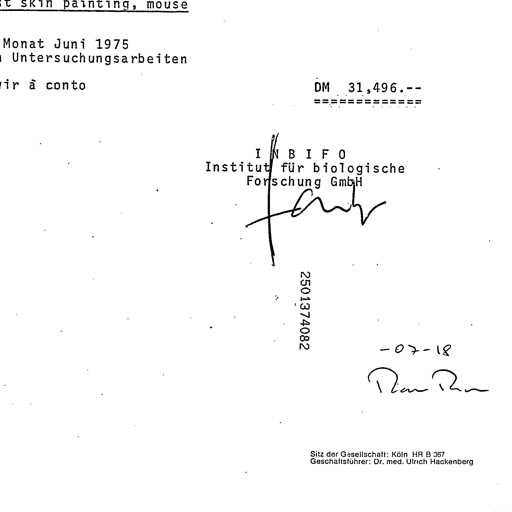
Transcript:
skin painting, mouse

Monat Juni 1975
Untersuchungsarbeiten

wir à conto DM 31,496.--
==============

INBIFO
Institut für biologische
Forschung GmbH
fanh
2501374082
-07-18
Dan Ran
Sitz der Gesellschaft: Köln HR B 357
Geschäftsführer: Dr. med. Ulrich Hackenberg